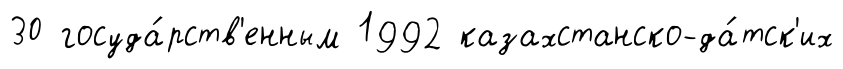
30 госуда́рств'енным 1992 казахстанско-да́тск'их